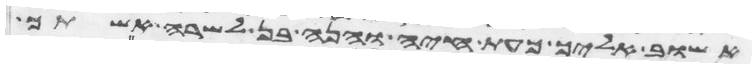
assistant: אשוב אליך כעת חיה והנה בן לשרה אשתך